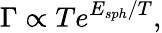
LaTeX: \Gamma\propto Te^{E_{sph}/T},